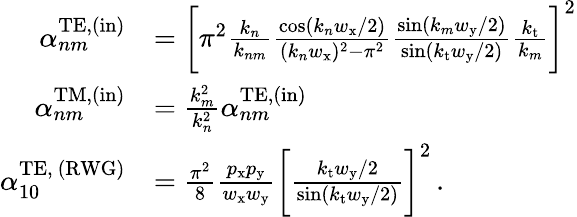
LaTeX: \begin{array}{rl}{\alpha_{nm}^{\mathrm{TE},(\mathrm{in})}}&{=\bigg[\pi^{2}\frac{k_{n}}{k_{nm}}\frac{\cos(k_{n}w_{\mathrm{x}}/2)}{(k_{n}w_{\mathrm{x}})^{2}-\pi^{2}}\frac{\sin(k_{m}w_{\mathrm{y}}/2)}{\sin(k_{\mathrm{t}}w_{\mathrm{y}}/2)}\frac{k_{\mathrm{t}}}{k_{m}}\bigg]^{2}}\\ {\alpha_{nm}^{\mathrm{TM},(\mathrm{in})}}&{=\frac{k_{m}^{2}}{k_{n}^{2}}\alpha_{nm}^{\mathrm{TE},(\mathrm{in})}}\\ {\alpha_{10}^{\mathrm{TE,~(RWG)}}}&{=\frac{\pi^{2}}{8}\frac{p_{\mathrm{x}}p_{\mathrm{y}}}{w_{\mathrm{x}}w_{\mathrm{y}}}\bigg[\frac{k_{\mathrm{t}}w_{\mathrm{y}}/2}{\sin(k_{\mathrm{t}}w_{\mathrm{y}}/2)}\bigg]^{2}\, .}\end{array}